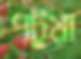
পটুয়া